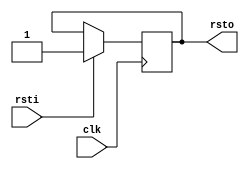
module srst(input clk,rsti,output rsto) ;
    reg rst = 1'b0 ;
    always @(posedge clk) if(rsti) rst <= 1'b1 ;
    assign rsto = rst ;
endmodule // srst
/* 
 rst is 0 when the system is going to reset.
 rst is 1 in opration mode.
 
 after power on, rst = 0.
 //with rsti posedge, rst becomes 1.
 when rsti is 1 synced with clock, rst becomes 1.
 */